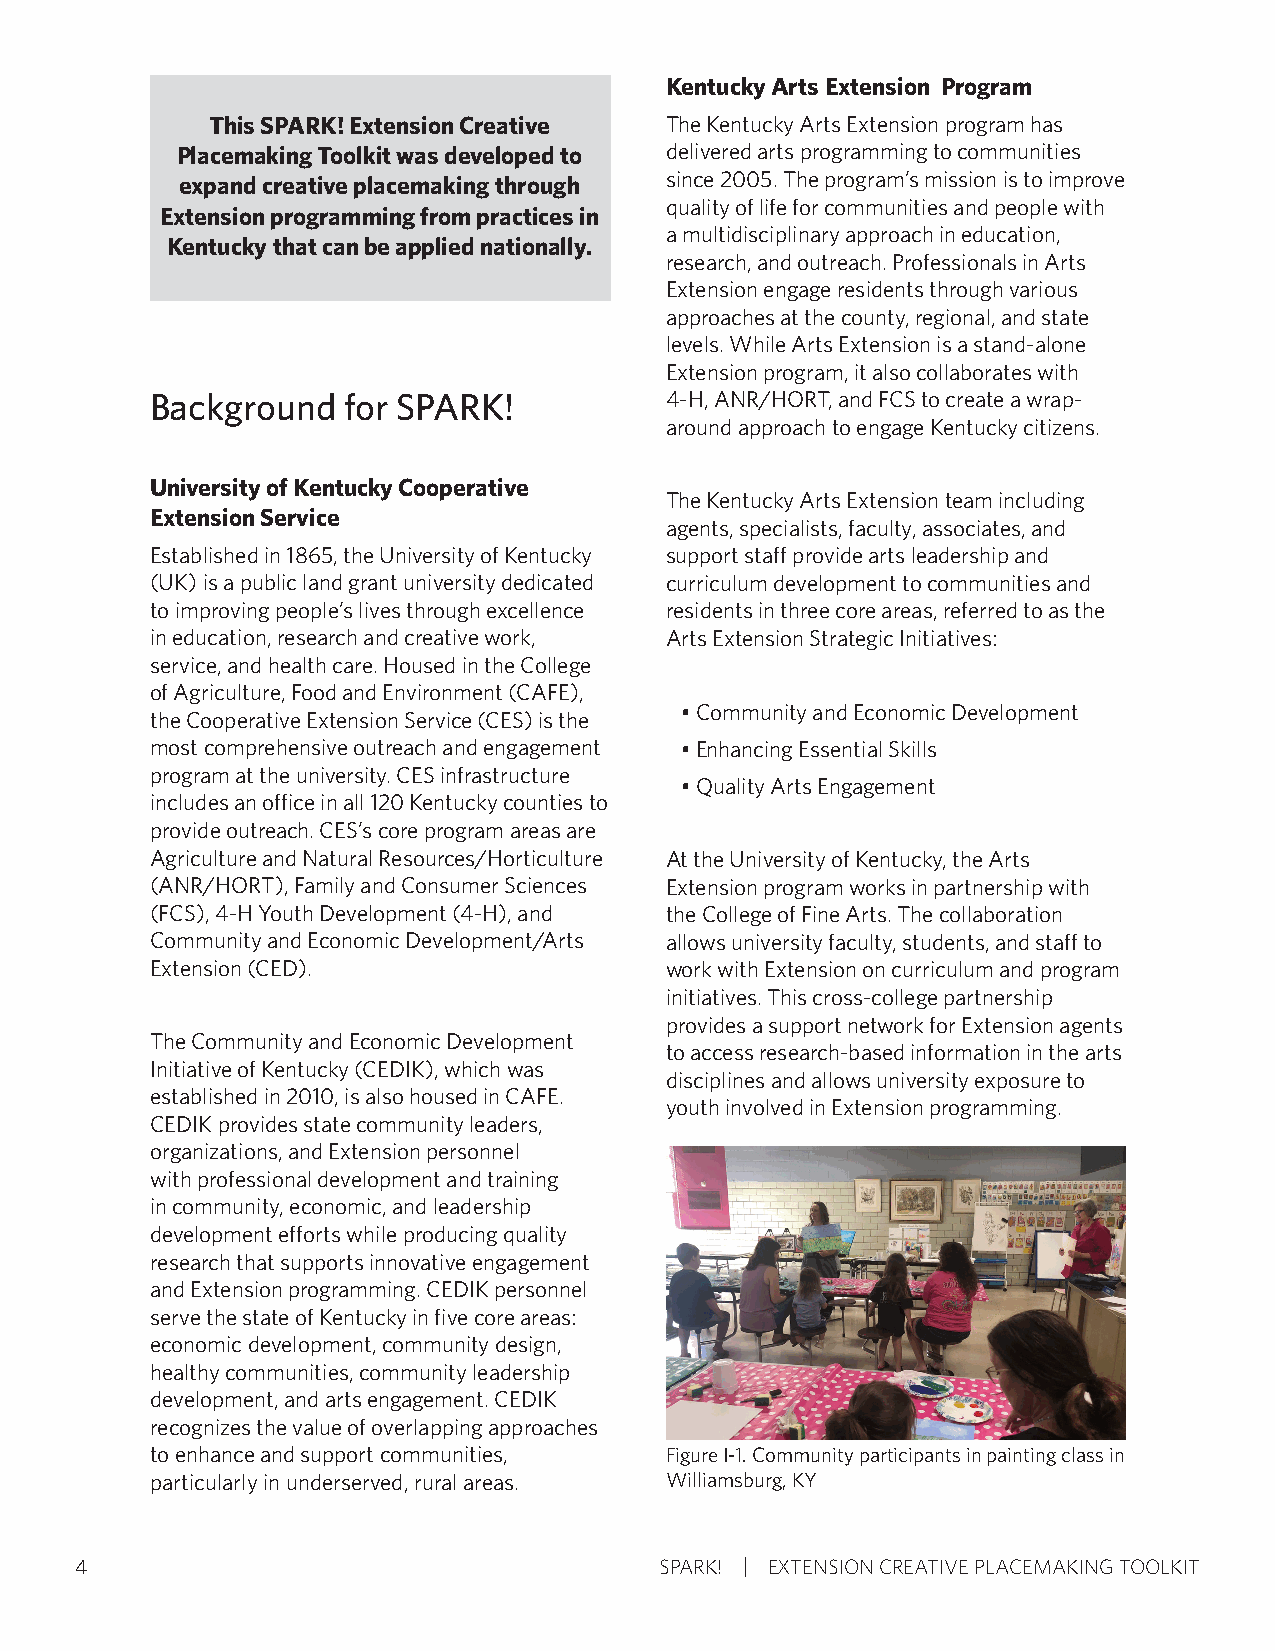
Kentucky Arts Extension Program
 This SPARK! Extension Creative The Kentucky Arts Extension program has
 Placemaking Toolkit was developed to delivered arts programming to communities
 expand creative placemaking through since 2005. The program’s mission is to improve
 quality of life for communities and people with
 Extension programming from practices in
 a multidisciplinary approach in education,
 Kentucky that can be applied nationally.
 research, and outreach. Professionals in Arts
 Extension engage residents through various
 approaches at the county, regional, and state
 levels. While Arts Extension is a stand-alone
 Extension program, it also collaborates with
 Background   for SPARK!           4-H, ANR/HORT, and FCS to create a wrap-
 around approach to engage Kentucky citizens.
 University of Kentucky Cooperative
 The Kentucky Arts Extension team including
 Extension Service
 agents, specialists, faculty, associates, and
 Established in 1865, the University of Kentucky support staff provide arts leadership and
 (UK) is a public land grant university dedicated curriculum development to communities and
 to improving people’s lives through excellence residents in three core areas, referred to as the
 in education, research and creative work, Arts Extension Strategic Initiatives:
 service, and health care. Housed in the College
 of Agriculture, Food and Environment (CAFE),
 • Community and Economic Development
 the Cooperative Extension Service (CES) is the
 most comprehensive outreach and engagement • Enhancing Essential Skills
 program at the university. CES infrastructure
 • Quality Arts Engagement
 includes an office in all 120 Kentucky counties to
 provide outreach. CES’s core program areas are
 Agriculture and Natural Resources/Horticulture At the University of Kentucky, the Arts
 (ANR/HORT), Family and Consumer Sciences Extension program works in partnership with
 (FCS), 4-H Youth Development (4-H), and the College of Fine Arts. The collaboration
 Community and Economic Development/Arts allows university faculty, students, and staff to
 Extension (CED).                  work with Extension on curriculum and program
 initiatives. This cross-college partnership
 provides a support network for Extension agents
 The Community and Economic Development
 to access research-based information in the arts
 Initiative of Kentucky (CEDIK), which was
 disciplines and allows university exposure to
 established in 2010, is also housed in CAFE.
 youth involved in Extension programming.
 CEDIK provides state community leaders,
 organizations, and Extension personnel
 with professional development and training
 in community, economic, and leadership
 development efforts while producing quality
 research that supports innovative engagement
 and Extension programming. CEDIK personnel
 serve the state of Kentucky in five core areas:
 economic development, community design,
 healthy communities, community leadership
 development, and arts engagement. CEDIK
 recognizes the value of overlapping approaches
 to enhance and support communities, Figure I-1. Community participants in painting class in
 particularly in underserved, rural areas. Williamsburg, KY
 4                                      SPARK! EXTENSION CREATIVE PLACEMAKING TOOLKIT